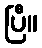
ပြီ။